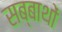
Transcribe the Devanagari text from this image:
सब्बाथों